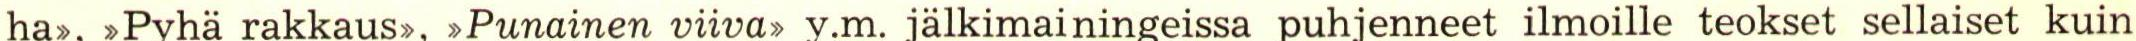
ha>, >Pyhä rakkaus>, >Punainen viiva, y.m. jälkimainingeissa puhjenneet ilmoille teokset sellaiset kuin